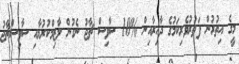
މީގެ އިތުރުން ފަތުރުވެރިކަމުގެ ދާއިރާއިން %10 ސާވިސް ޗާޖު ނެގުން ލާޒިމްކުރުމާއި ސާވިސްޗާޖު